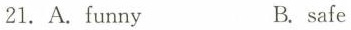
21,A.funny B.safe